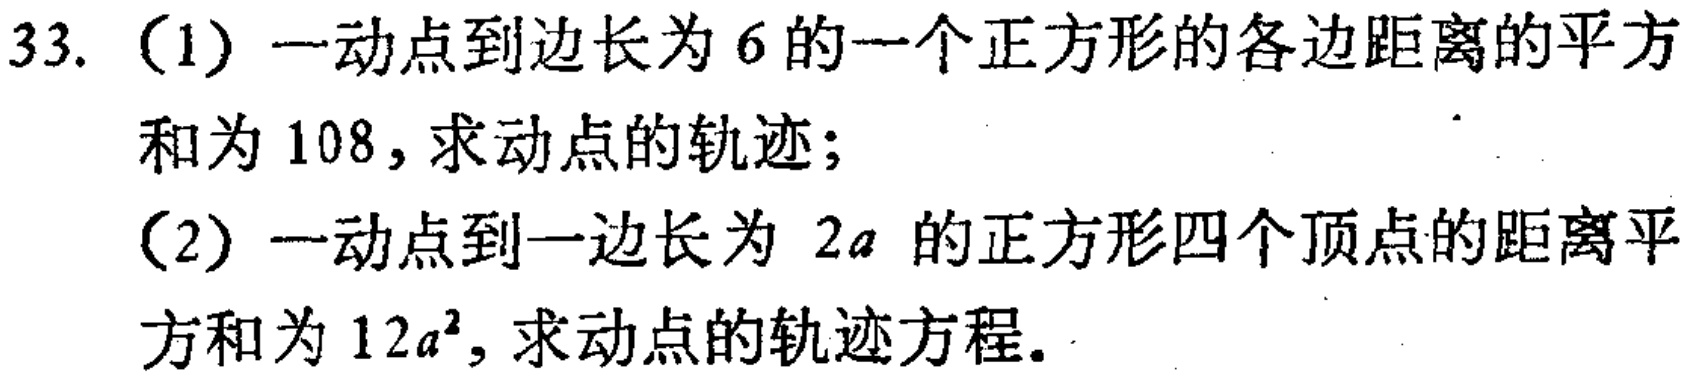
33. （1）一动点到边长为6的一个正方形的各边距离的平方
和为108，求动点的轨迹；
（2）一动点到一边长为 \(2a\) 的正方形四个顶点的距离平
方和为 \(12a^{2}\)，求动点的轨迹方程。